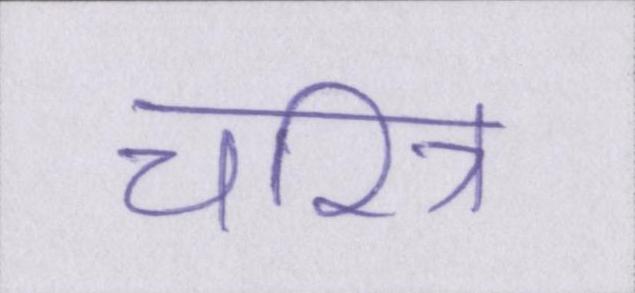
चरित्र